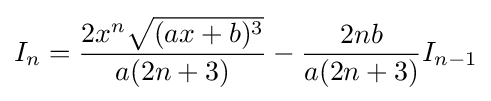
I_{n}={\frac {2x^{n}{\sqrt {(ax+b)^{3}}}}{a(2n+3)}}-{\frac {2nb}{a(2n+3)}}I_{n-1}\,\!